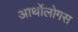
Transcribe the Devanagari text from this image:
आर्थोलोगस